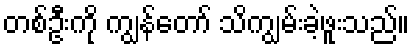
တစ်ဦးကို ကျွန်တော် သိကျွမ်းခဲ့ဖူးသည်။